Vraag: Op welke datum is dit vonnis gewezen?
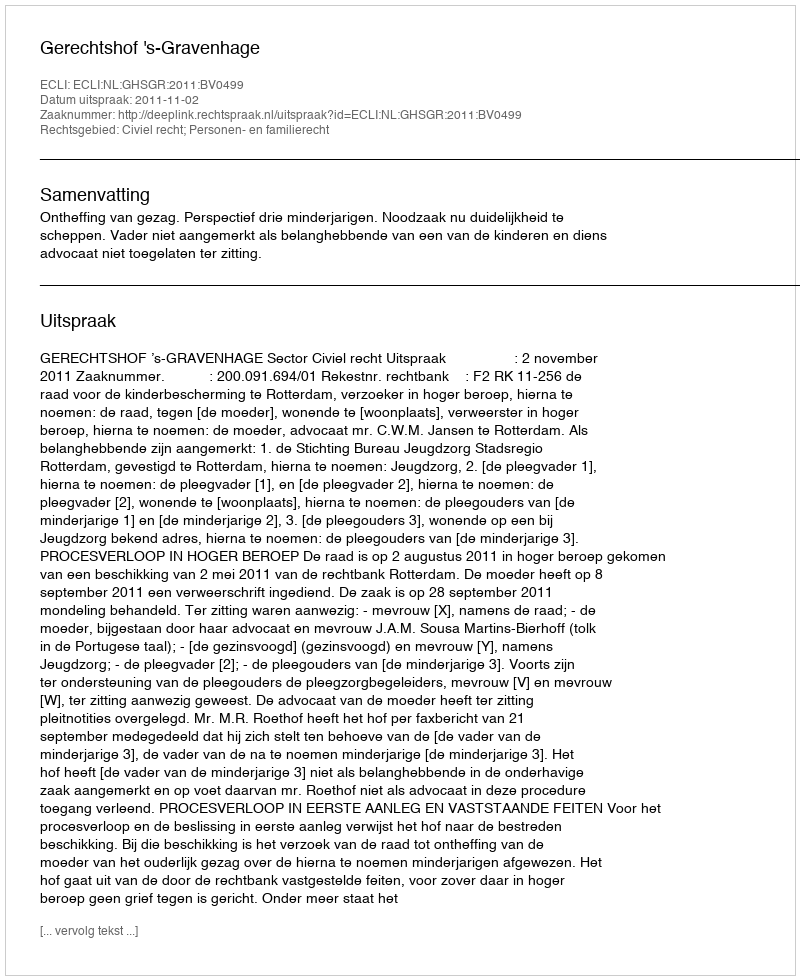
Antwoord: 2011-11-02